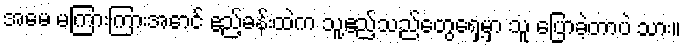
အမေ မကြားကြားအောင် ဧည့်ခန်းထဲက သူ့ဧည့်သည်တွေရှေ့မှာ သူ ပြောခဲ့တာပဲ သား။